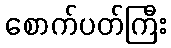
စောက်ပတ်ကြီး